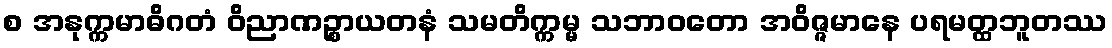
စ အနုက္ကမာဓိဂတံ ဝိညာဏဉ္စာယတနံ သမတိက္ကမ္မ သဘာဝတော အဝိဇ္ဇမာနေ ပရမတ္ထဘူတဿ